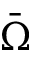
\bar { \Omega }